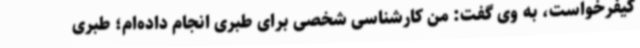
کیفرخواست، به وی گفت: من کارشناسی شخصی برای طبری انجام داده‌ام؛ طبری